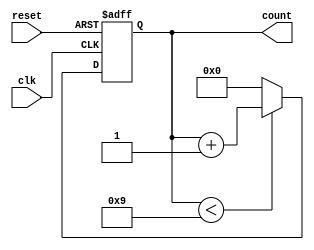
module decade_ring_counter (
    input wire clk,          // Clock input
    input wire reset,        // Asynchronous reset input
    output reg [3:0] count   // 4-bit output to represent the counter state
);

    // Always block triggered on the rising edge of the clock or the reset signal
    always @(posedge clk or posedge reset) begin
        if (reset) begin
            // Asynchronous reset: Set counter to 0
            count <= 4'b0000;
        end else begin
            // Count only if the current count is less than 9
            if (count < 4'd9) begin
                count <= count + 1; // Increment count
            end else begin
                count <= 4'b0000; // Reset to 0 after reaching 9
            end
        end
    end

endmodule